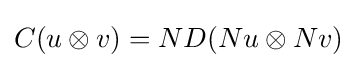
C(u\otimes v)=ND(Nu\otimes Nv)